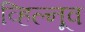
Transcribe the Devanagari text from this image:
व्हिल्नूव